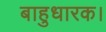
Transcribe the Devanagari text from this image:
बाहुधारक।